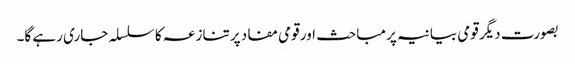
بصورت دیگر قومی بیانیہ پر مباحث اور قومی مفاد پر تنازعہ کا سلسلہ جاری رہے گا۔